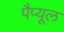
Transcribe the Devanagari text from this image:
पैप्यूल